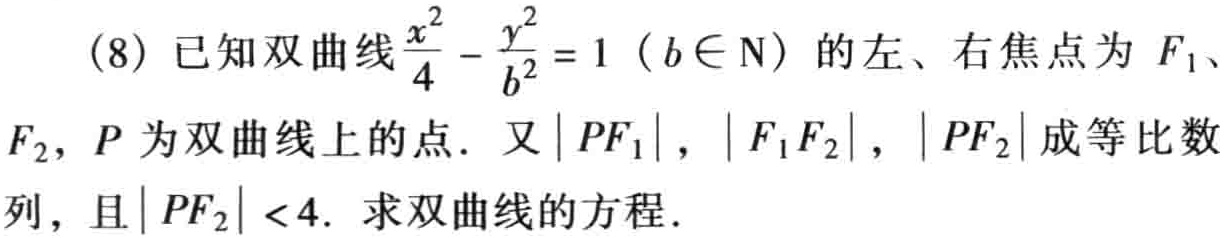
(8) 已知双曲线$\frac{x^{2}}{4}-\frac{y^{2}}{b^{2}} = 1$（$b\in\mathrm{N}$）的左、右焦点为$F_1$、
$F_2$，$P$为双曲线上的点．又$|PF_1|$，$|F_1F_2|$，$|PF_2|$成等比数
列，且$|PF_2|\lt4$．求双曲线的方程．